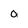
Character: 0